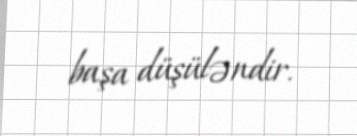
başa düşüləndir.